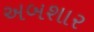
અબશાર